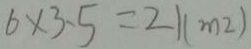
6 \times 3 . 5 = 2 1 ( m ^ { 2 } )